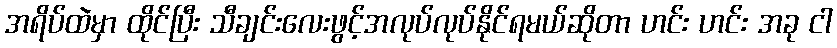
အရိပ်ထဲမှာ ထိုင်ပြီး သီချင်းလေးဖွင့်အလုပ်လုပ်နိုင်ရမယ်ဆိုတာ ဟင်း ဟင်း အခု ငါ